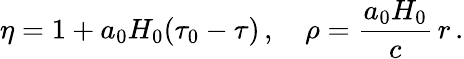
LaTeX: \eta=1+a_{0}H_{0}(\tau_{0}-\tau)\, ,\quad\rho=\frac{a_{0}H_{0}}{c}\, r\, .